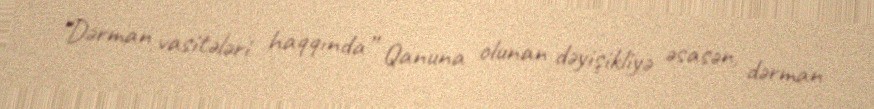
“Dərman vasitələri haqqında” Qanuna olunan dəyişikliyə əsasən, dərman